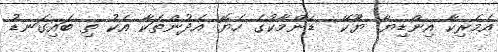
އެމެރިކާ އިންޑިޔާ ޔޫކޭ  ޑެންމާކުގެ ހެޔޮ އެދުންތަކާ އެކު ތި ބައިގަނޑު